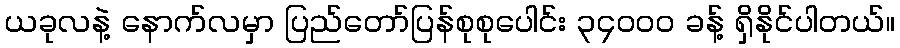
ယခုလနဲ့ နောက်လမှာ ပြည်တော်ပြန်စုစုပေါင်း ၃၄၀၀၀ ခန့် ရှိနိုင်ပါတယ်။